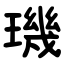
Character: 璣